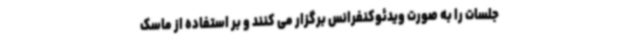
جلسات را به صورت ویدئوکنفرانس برگزار می کنند و بر استفاده از ماسک